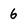
Character: 6